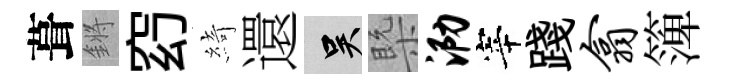
葺鏘𥥆綺還吴槩泐宰踐翕𥱼